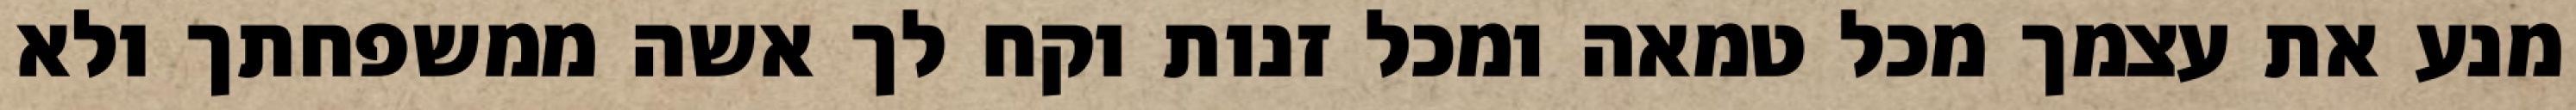
מנע את עצמך מכל טמאה ומכל זנות וקח לך אשה ממשפחתך ולא